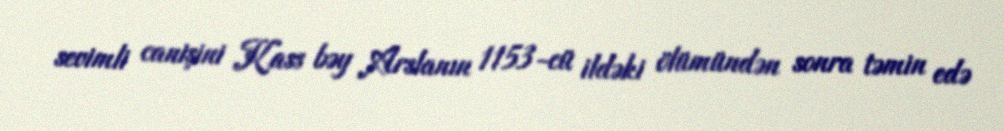
sevimli canişini Kass bəy Arslanın 1153-cü ildəki ölümündən sonra təmin edə